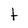
Character: t